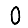
Digit: 0